Leaving Certificate, 1896
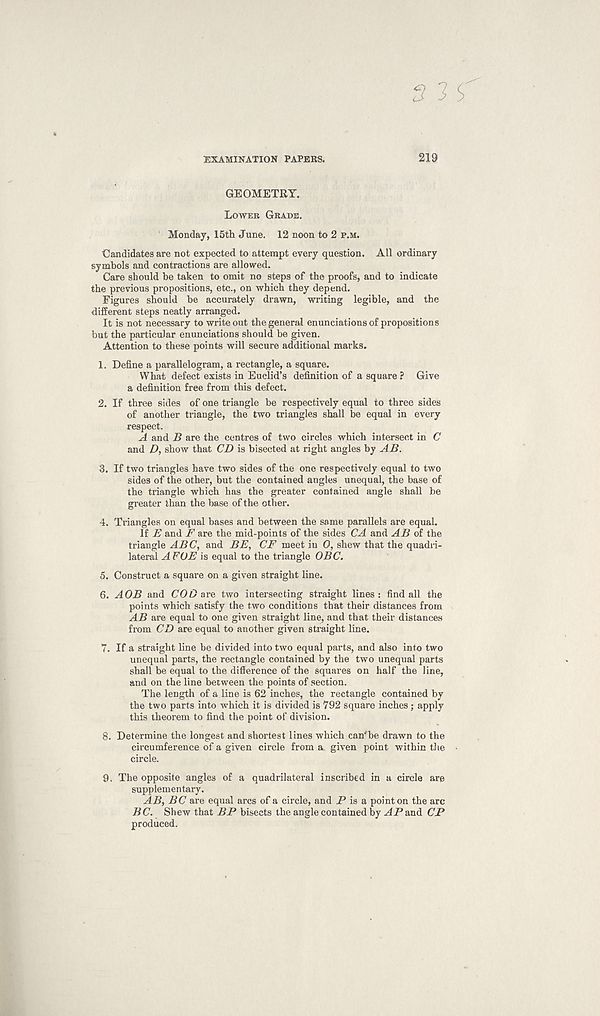
EXAMINATION PAPERS.
219
GEOMETRY.
Lower Grade.
Monday, 15th June. 12 noon to 2 p.m.
Candidates are not expected to attempt every question. All ordinary
symbols and contractions are allowed.
Care should be taken to omit no steps of the proofs, and to indicate
the previous propositions, etc., on which they depend.
Figures should be accurately drawn, writing legible, and the
different steps neatly arranged.
It is not necessary to write out the general enunciations of propositions
but the particular enunciations should be given.
Attention to these points will secure additional marks.
1. Define a parallelogram, a rectangle, a square.
What defect exists in Euclid’s definition of a square ? Give
a definition free from this defect.
2. If three sides of one triangle be respectively equal to three sides
of another triangle, the two triangles shall be equal in every
respect.
A and B are the centres of two circles which intersect in C
and D, show that CD is bisected at right angles by AB.
3. If two triangles have two sides of the one respectively equal to two
sides of the other, but the contained angles unequal, the base of
the triangle which has the greater contained angle shall be
greater than the base of the other.
4. Triangles on equal bases and between the same parallels are equal.
If B and F are the mid-points of the sides CA and AB of the
triangle ABC, and BE, CF meet in 0, shew that the quadri-
lateral A FOE is equal to the triangle OBC.
5. Construct a square on a given straight line.
6. AOB and COD are two intersecting straight lines: find all the
points which satisfy the two conditions that their distances from
AB are equal to one given straight line, and that their distances
from CD are equal to another given straight line.
7. If a straight line be divided into two equal parts, and also into two
unequal parts, the rectangle contained by the two unequal parts
shall be equal to the difference of the squares on half the line,
and on the line between the points of section.
The length of a line is 62 inches, the rectangle contained by
the two parts into which it is divided is 792 square inches; apply
this theorem to find the point of division.
8. Determine the longest and shortest lines which can f be drawn to the
circumference of a given circle from a. given point within the
circle.
9. The opposite angles of a quadrilateral inscribed in a circle are
supplementary.
AB, BC are equal arcs of a circle, and P is a point on the arc
BC. Shew that BP bisects the angle contained by ^4P and CP
produced.